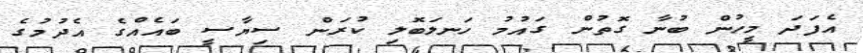
އެފަދަ މީހުން ބުނާ ގޮތުން ގައުމު ހަނލަބޮލި ކުރަން ސިޔާސީ ބައެއްގެ އެދުމުގެ